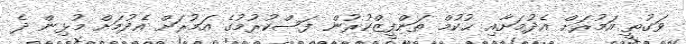
ވަގުތީ އަމުރަށް އެދުމަށާއި ޙުކުމް ތަންފީޒްކުރުން ފަސްކުރުމުގެ އަމުރަށް އެދުމަށް މުޅިން ދެ